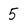
Character: 5